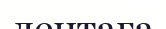
лентаға